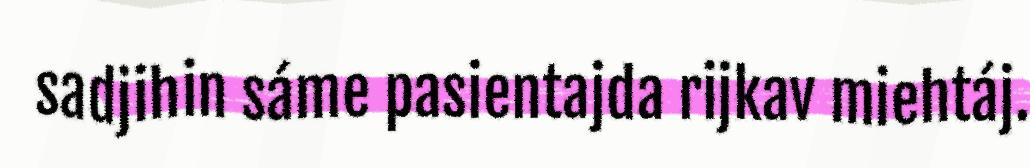
sadjihin sáme pasientajda rijkav miehtáj.